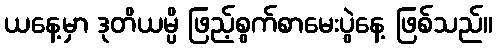
ယနေ့မှာ ဒုတိယမ္ပိ ဖြည့်စွက်စာမေးပွဲနေ့ ဖြစ်သည်။